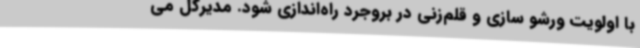
با اولویت ورشو سازی و قلم‌زنی در بروجرد راه‌اندازی شود. مدیرکل می